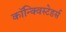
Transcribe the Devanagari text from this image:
कॉन्क्विस्टेडर्स